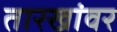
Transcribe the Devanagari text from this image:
तारखांवर